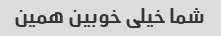
شما خیلی خوبین همین